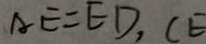
A E = E D , C E